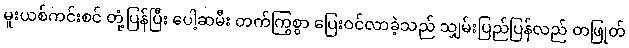
မူးယစ်ကင်းစင် တုံ့ပြန်ပြီး ပေါ့ဆမီး တက်ကြွစွာ ပြေးဝင်လာခဲ့သည် သျှမ်းပြည်ပြန်လည် တဖြုတ်